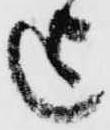
迄